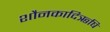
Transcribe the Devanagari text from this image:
शौनकादिऋषि